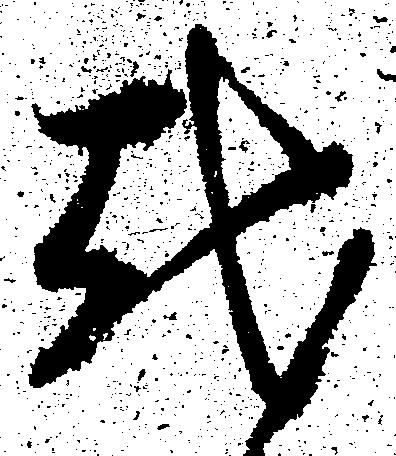
越